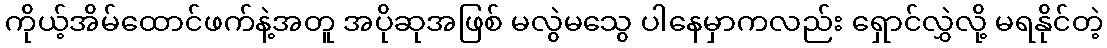
ကိုယ့်အိမ်ထောင်ဖက်နဲ့အတူ အပိုဆုအဖြစ် မလွဲမသွေ ပါနေမှာကလည်း ရှောင်လွှဲလို့ မရနိုင်တဲ့